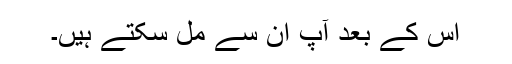
اس کے بعد آپ ان سے مل سکتے ہیں۔